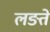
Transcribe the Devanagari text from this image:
लङते